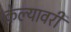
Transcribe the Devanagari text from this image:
केल्यावरी